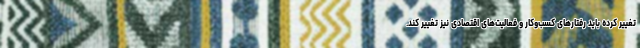
تغییر کرده باید رفتارهای کسب‌وکار و فعالیت‌های اقتصادی نیز تغییر کند.